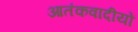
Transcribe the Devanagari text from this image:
आतंकवादीयों